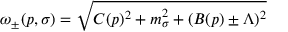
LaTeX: \omega _ { \pm } ( p , \sigma ) = \sqrt { C ( p ) ^ { 2 } + m _ { \sigma } ^ { 2 } + ( B ( p ) \pm \Lambda ) ^ { 2 } }